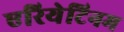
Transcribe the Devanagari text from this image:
एरियेटिनम